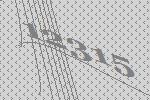
12315